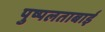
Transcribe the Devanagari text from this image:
पुष्पलताबाई